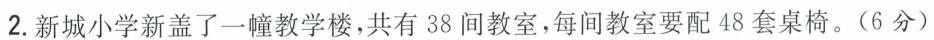
2.新城小学新盖了一幢教学楼，共有38间教室，每间教室要配48套桌椅。(6分)